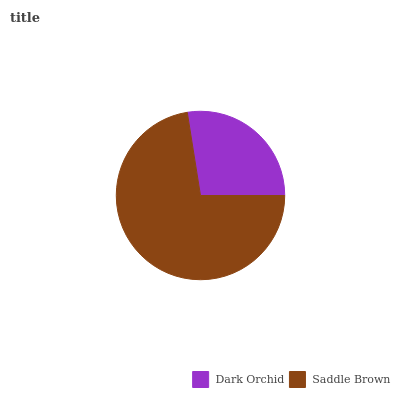
| Dark Orchid | Saddle Brown |
 | --- | --- |
 | 27.5% | 72.5% |